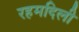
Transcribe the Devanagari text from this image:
रहमदिली